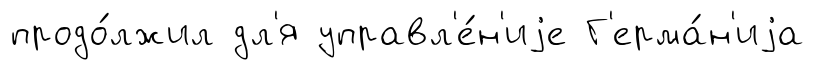
продо́лжил дл'я управл'е́н'иjе Г'ерма́н'иjа